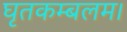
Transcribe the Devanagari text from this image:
घृतकम्बलम।